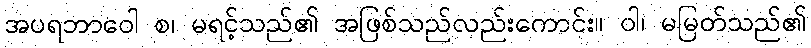
အပရဘာဝေါ စ၊ မရင့်သည်၏ အဖြစ်သည်လည်းကောင်း။ ဝါ၊ မမြတ်သည်၏